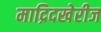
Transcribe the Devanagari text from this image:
माद्रिदखेरीज